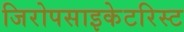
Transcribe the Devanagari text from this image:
जिरोपसाइकेटरिस्ट